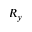
R _ { y }